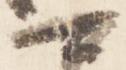
可